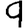
Digit: 9